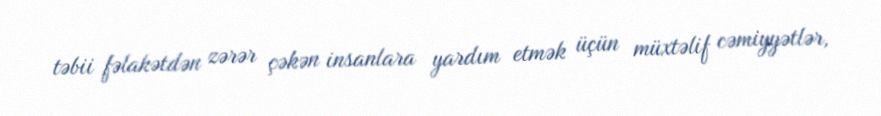
təbii fəlakətdən zərər çəkən insanlara yardım etmək üçün müxtəlif cəmiyyətlər,